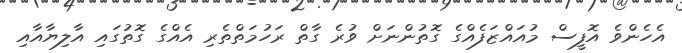
އެހެންވެ އޮފީސް މުއައްޒަފެއްގެ ގޮތުންނަށް ވުރެ ގާތް ރަހުމަތްތެރި އެއްގެ ގޮތުގައި އާލިޔާއާއި